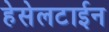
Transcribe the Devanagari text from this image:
हेसेलटाईन